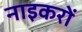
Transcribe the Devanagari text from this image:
नाइकरों